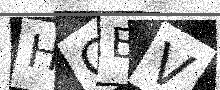
Text: HOBV